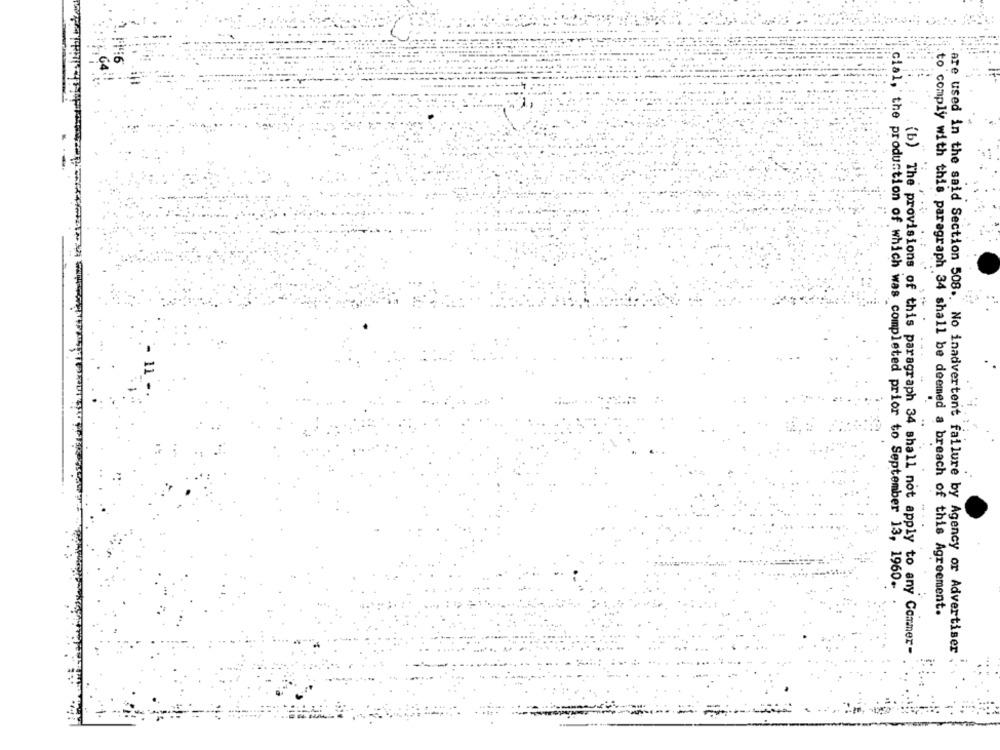
cial, the production of which was completed prior to September 13, 1960.
to comply with this paragraph 34 shall be deemed a breach of this Agreement.
(b) The provisions of this paragraph 34 shall not apply to any Commer-
are used in the said Section 508 .. No inadvertent failure by Agency or Advertiser